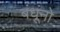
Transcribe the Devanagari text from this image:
बंधूंनो